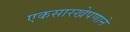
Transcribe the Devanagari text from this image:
एकसारखेपणाने